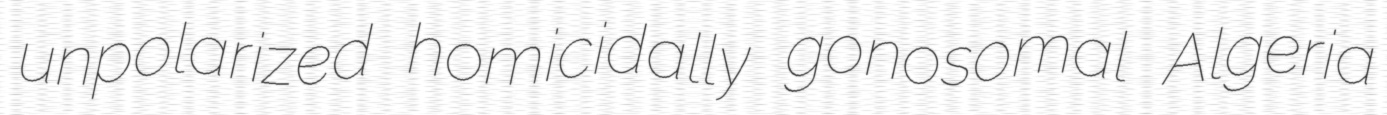
unpolarized homicidally gonosomal Algeria